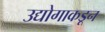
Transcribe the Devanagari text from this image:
उद्योगाकडून